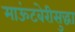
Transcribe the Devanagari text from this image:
माऊंटबेरीसुद्धा